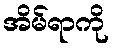
အိမ်ရာကို